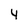
Character: 4